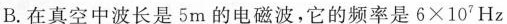
B.在真空中波长是5m的电磁波，它的频率是$$6\times 107$$Hz